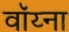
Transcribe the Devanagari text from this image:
वॉय्ना